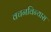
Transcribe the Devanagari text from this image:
वचनविन्यास